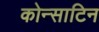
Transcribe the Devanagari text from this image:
कोन्साटिन